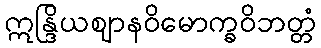
ဣန္ဒြိယဈာနဝိမောက္ခဝိဘတ္တံ